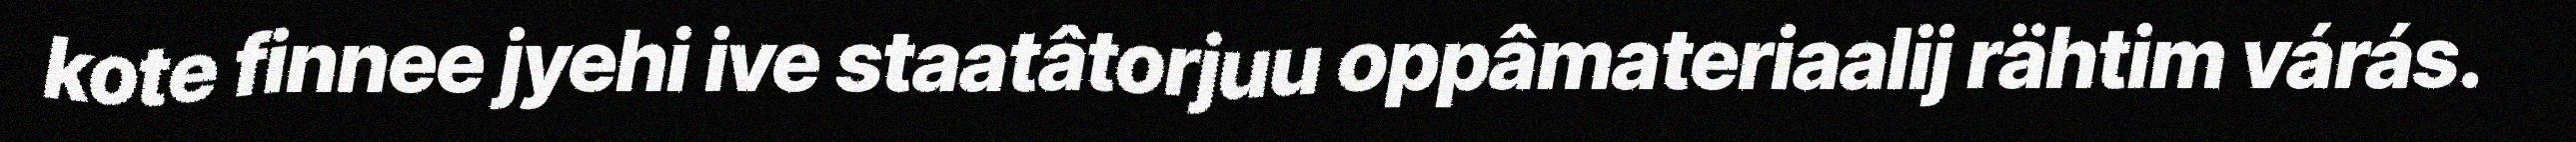
kote finnee jyehi ive staatâtorjuu oppâmateriaalij rähtim várás.